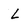
Character: L